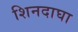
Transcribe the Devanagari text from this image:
शिनदाघा